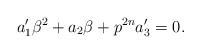
LaTeX: \begin{align*}a'_1{\beta}^2+a_2\beta+p^{2n}a'_3=0.\end{align*}